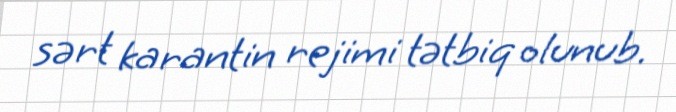
sərt karantin rejimi tətbiq olunub.